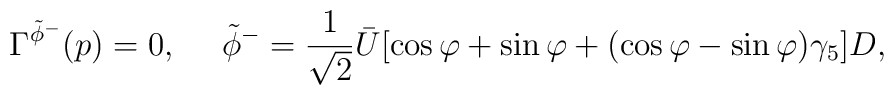
\Gamma^{\tilde{\phi}^-}(p)=0, \ \ \ \ \tilde{\phi}^-=\frac{1}{\sqrt{2}}\bar{U}[\cos\varphi+\sin\varphi+               (\cos\varphi-\sin\varphi)\gamma_5]D,